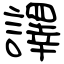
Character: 譯